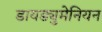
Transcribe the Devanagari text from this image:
डायड्युमेनियन